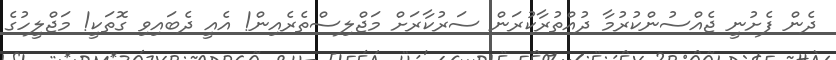
ދެން ފެށުނީ ޖެއްސުންކުރުމާ ދުއްތުރާކުރަން ސަރުކާރަށް މަޖްލިސްތެރެއިން! އެއީ ދެބައިވި ގޮތަކީ! މަޖްލީހުގެ